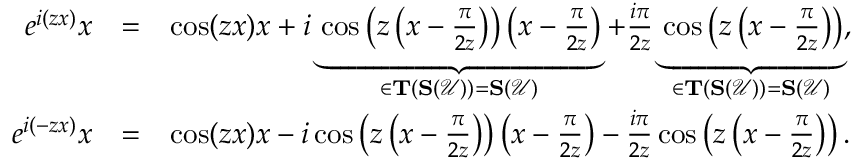
\begin{array} { r c l } { e ^ { i ( z x ) } x } & { = } & { \cos ( z x ) x + i \underbrace { \cos \left( z \left( x - \frac { \pi } { 2 z } \right) \right) \left( x - \frac { \pi } { 2 z } \right) } _ { \in \mathbf { T } ( \mathbf { S } ( \mathcal { U } ) ) = \mathbf { S } ( \mathcal { U } ) } + \frac { i \pi } { 2 z } \underbrace { \cos \left( z \left( x - \frac { \pi } { 2 z } \right) \right) } _ { \in \mathbf { T } ( \mathbf { S } ( \mathcal { U } ) ) = \mathbf { S } ( \mathcal { U } ) } , } \\ { e ^ { i ( - z x ) } x } & { = } & { \cos ( z x ) x - i \cos \left( z \left( x - \frac { \pi } { 2 z } \right) \right) \left( x - \frac { \pi } { 2 z } \right) - \frac { i \pi } { 2 z } \cos \left( z \left( x - \frac { \pi } { 2 z } \right) \right) . } \end{array}